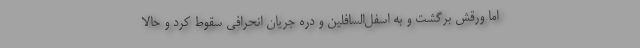
اما ورقش برگشت و به اسفل‌السافلین و دره جریان انحرافی سقوط کرد و حالا